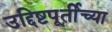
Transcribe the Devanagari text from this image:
उद्दिष्टपूर्तीच्या